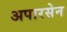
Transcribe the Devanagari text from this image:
अपारसेन